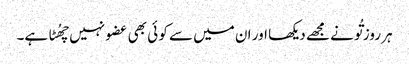
ہر روز تُو نے مجھے دیکھا اور ان میں سے کو ئی بھی عضو نہیں چھُٹا ہے۔